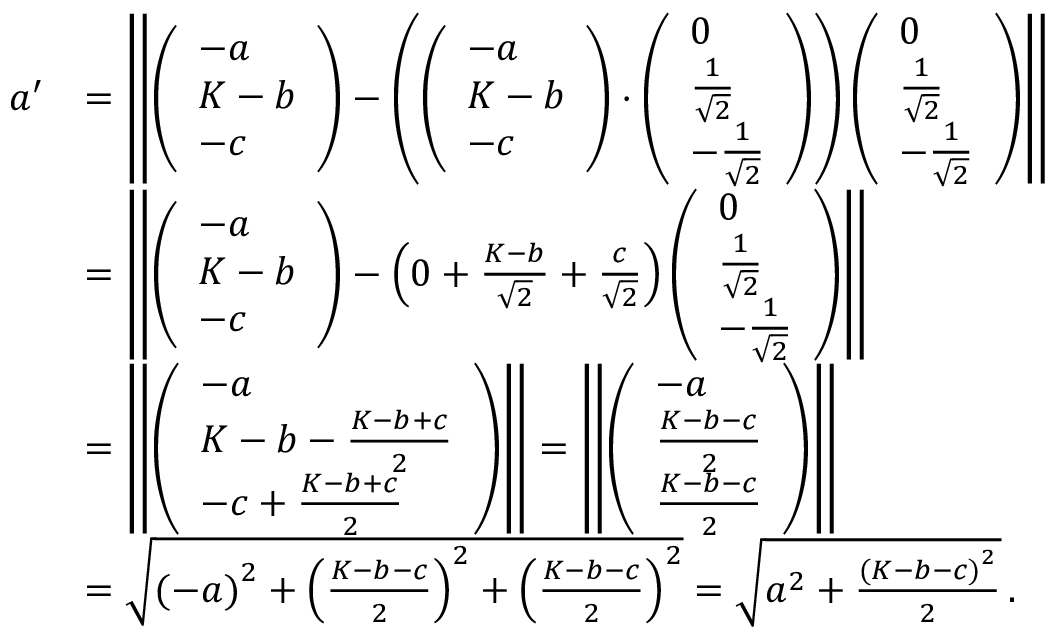
{ \begin{array} { r l } { a ^ { \prime } } & { = \left\| { \left( \begin{array} { l } { - a } \\ { K - b } \\ { - c } \end{array} \right) } - \left( { \left( \begin{array} { l } { - a } \\ { K - b } \\ { - c } \end{array} \right) } \cdot { \left( \begin{array} { l } { 0 } \\ { { \frac { 1 } { \sqrt { 2 } } } } \\ { - { \frac { 1 } { \sqrt { 2 } } } } \end{array} \right) } \right) { \left( \begin{array} { l } { 0 } \\ { { \frac { 1 } { \sqrt { 2 } } } } \\ { - { \frac { 1 } { \sqrt { 2 } } } } \end{array} \right) } \right\| } \\ & { = \left\| { \left( \begin{array} { l } { - a } \\ { K - b } \\ { - c } \end{array} \right) } - \left( 0 + { \frac { K - b } { \sqrt { 2 } } } + { \frac { c } { \sqrt { 2 } } } \right) { \left( \begin{array} { l } { 0 } \\ { { \frac { 1 } { \sqrt { 2 } } } } \\ { - { \frac { 1 } { \sqrt { 2 } } } } \end{array} \right) } \right\| } \\ & { = \left\| { \left( \begin{array} { l } { - a } \\ { K - b - { \frac { K - b + c } { 2 } } } \\ { - c + { \frac { K - b + c } { 2 } } } \end{array} \right) } \right\| = \left\| { \left( \begin{array} { l } { - a } \\ { { \frac { K - b - c } { 2 } } } \\ { { \frac { K - b - c } { 2 } } } \end{array} \right) } \right\| } \\ & { = { \sqrt { { ( - a ) } ^ { 2 } + { \left( { \frac { K - b - c } { 2 } } \right) } ^ { 2 } + { \left( { \frac { K - b - c } { 2 } } \right) } ^ { 2 } } } = { \sqrt { a ^ { 2 } + { \frac { { ( K - b - c ) } ^ { 2 } } { 2 } } } } \, . } \end{array} }